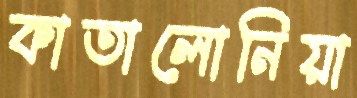
কাতালোনিয়া